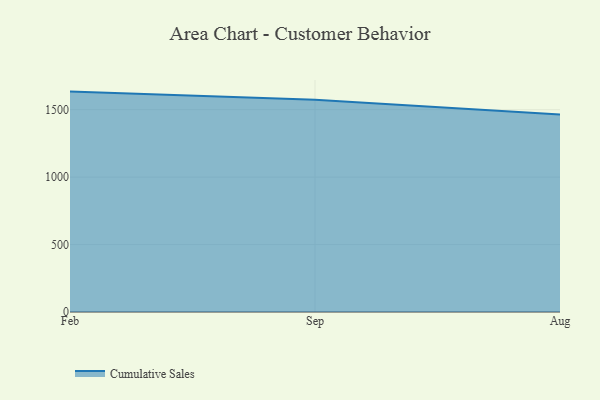
{"axis": {"x": "Month", "y": "Page Views"}, "legend": ["Cumulative Sales"], "data": [{"x": "Feb", "y": 1634.3, "type": "Cumulative Sales"}, {"x": "Sep", "y": 1574.4, "type": "Cumulative Sales"}, {"x": "Aug", "y": 1463.8, "type": "Cumulative Sales"}]}